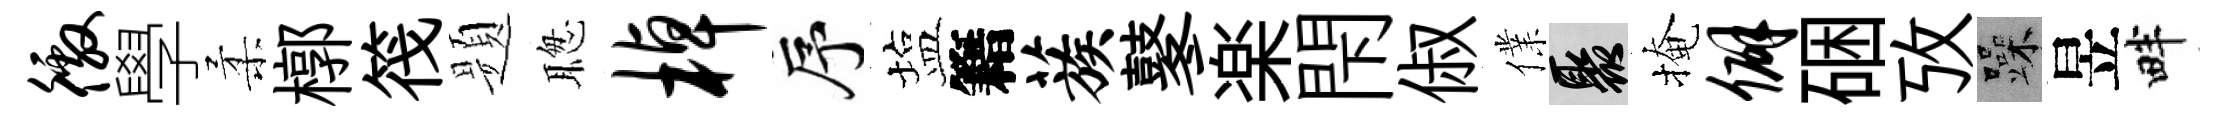
徼學柔槨筏题聦棹序塩籍蔟鼕楽閇俶㒒聚掩僻硱攷躁昱畔